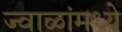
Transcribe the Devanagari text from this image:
ज्वाळांमध्ये